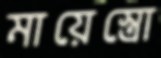
মায়েস্ত্রো